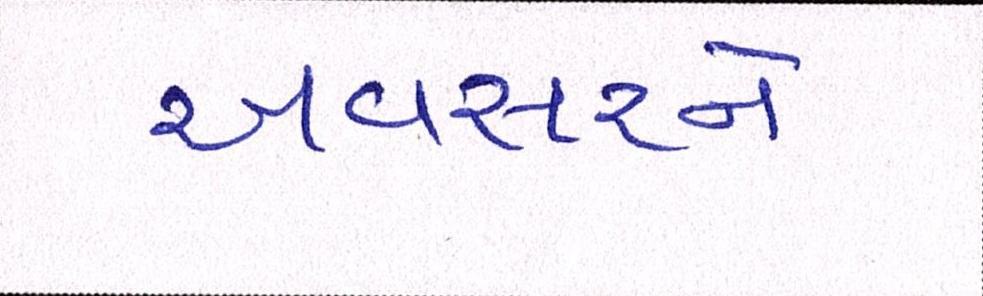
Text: અવસરને